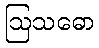
ဩသဓော